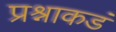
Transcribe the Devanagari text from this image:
प्रश्नाकडं